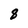
Character: 8